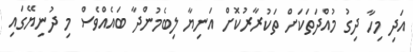
އަދި މިހާ ދިގު މުއްދަތަކަށް ތަކުރާރުކޮށް އަނިޔާ ލިބެމުންދާ ބައެއްވެސް މި ދުނިޔޭގައި